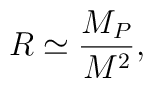
R \simeq \frac{M_P}{M^2} ,